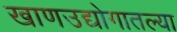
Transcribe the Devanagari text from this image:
खाणउद्योगातल्या